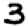
Digit: 3